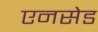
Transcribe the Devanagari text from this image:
एनसेड